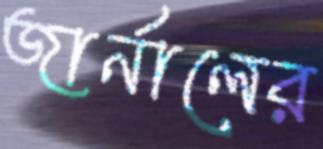
জার্নালের